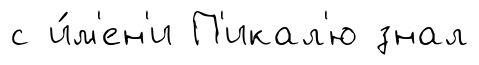
с и́м'ен'и П'икал'ю знал